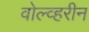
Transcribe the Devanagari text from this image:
वोल्व्हरीन